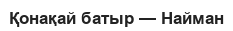
Қонақай батыр — Найман